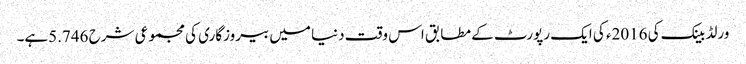
ورلڈ بینک کی 2016ء کی ایک رپورٹ کے مطابق اس وقت دنیا میں بیروزگاری کی مجموعی شرح 5.746ہے۔